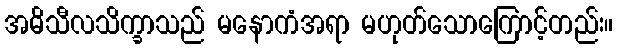
အဓိသီလသိက္ခာသည် မနောကံအရာ မဟုတ်သောကြောင့်တည်း။